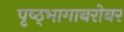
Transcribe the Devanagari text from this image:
पृष्ठ्भागाबरोबर